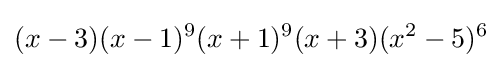
(x-3)(x-1)^{9}(x+1)^{9}(x+3)(x^{2}-5)^{6}